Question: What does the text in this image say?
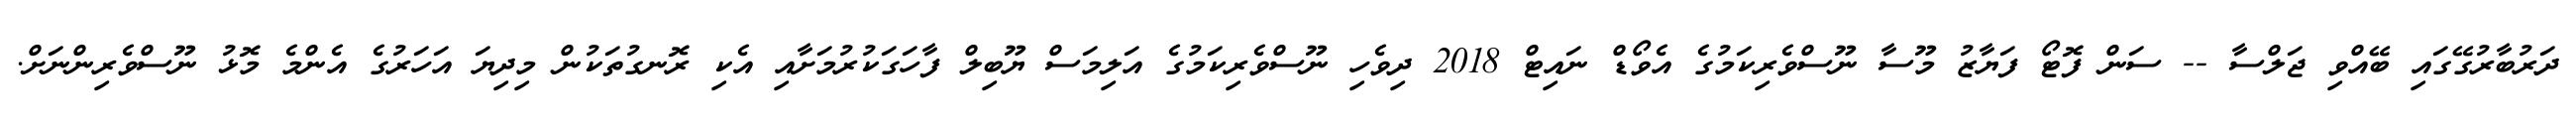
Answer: ދަރުބާރުގޭގައި ބޭއްވި ޖަލްސާ -- ސަން ފޮޓޯ ފަޔާޒު މޫސާ ނޫސްވެރިކަމުގެ އެވޯޑް ނައިޓް 2018 ދިވެހި ނޫސްވެރިކަމުގެ އަލިމަސް ޔޫބިލް ފާހަގަކުރުމަށާއި އެކި ރޮނގުތަކުން މިދިޔަ އަހަރުގެ އެންމެ މޮޅު ނޫސްވެރިންނަށް.